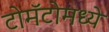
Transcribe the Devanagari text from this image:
टोमॅटोमध्ये